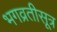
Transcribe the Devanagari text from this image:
भगव्रतीसूत्र